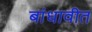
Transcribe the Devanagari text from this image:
बांधावीत